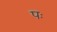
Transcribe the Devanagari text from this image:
पः